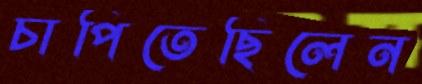
চাপিতেছিলেন